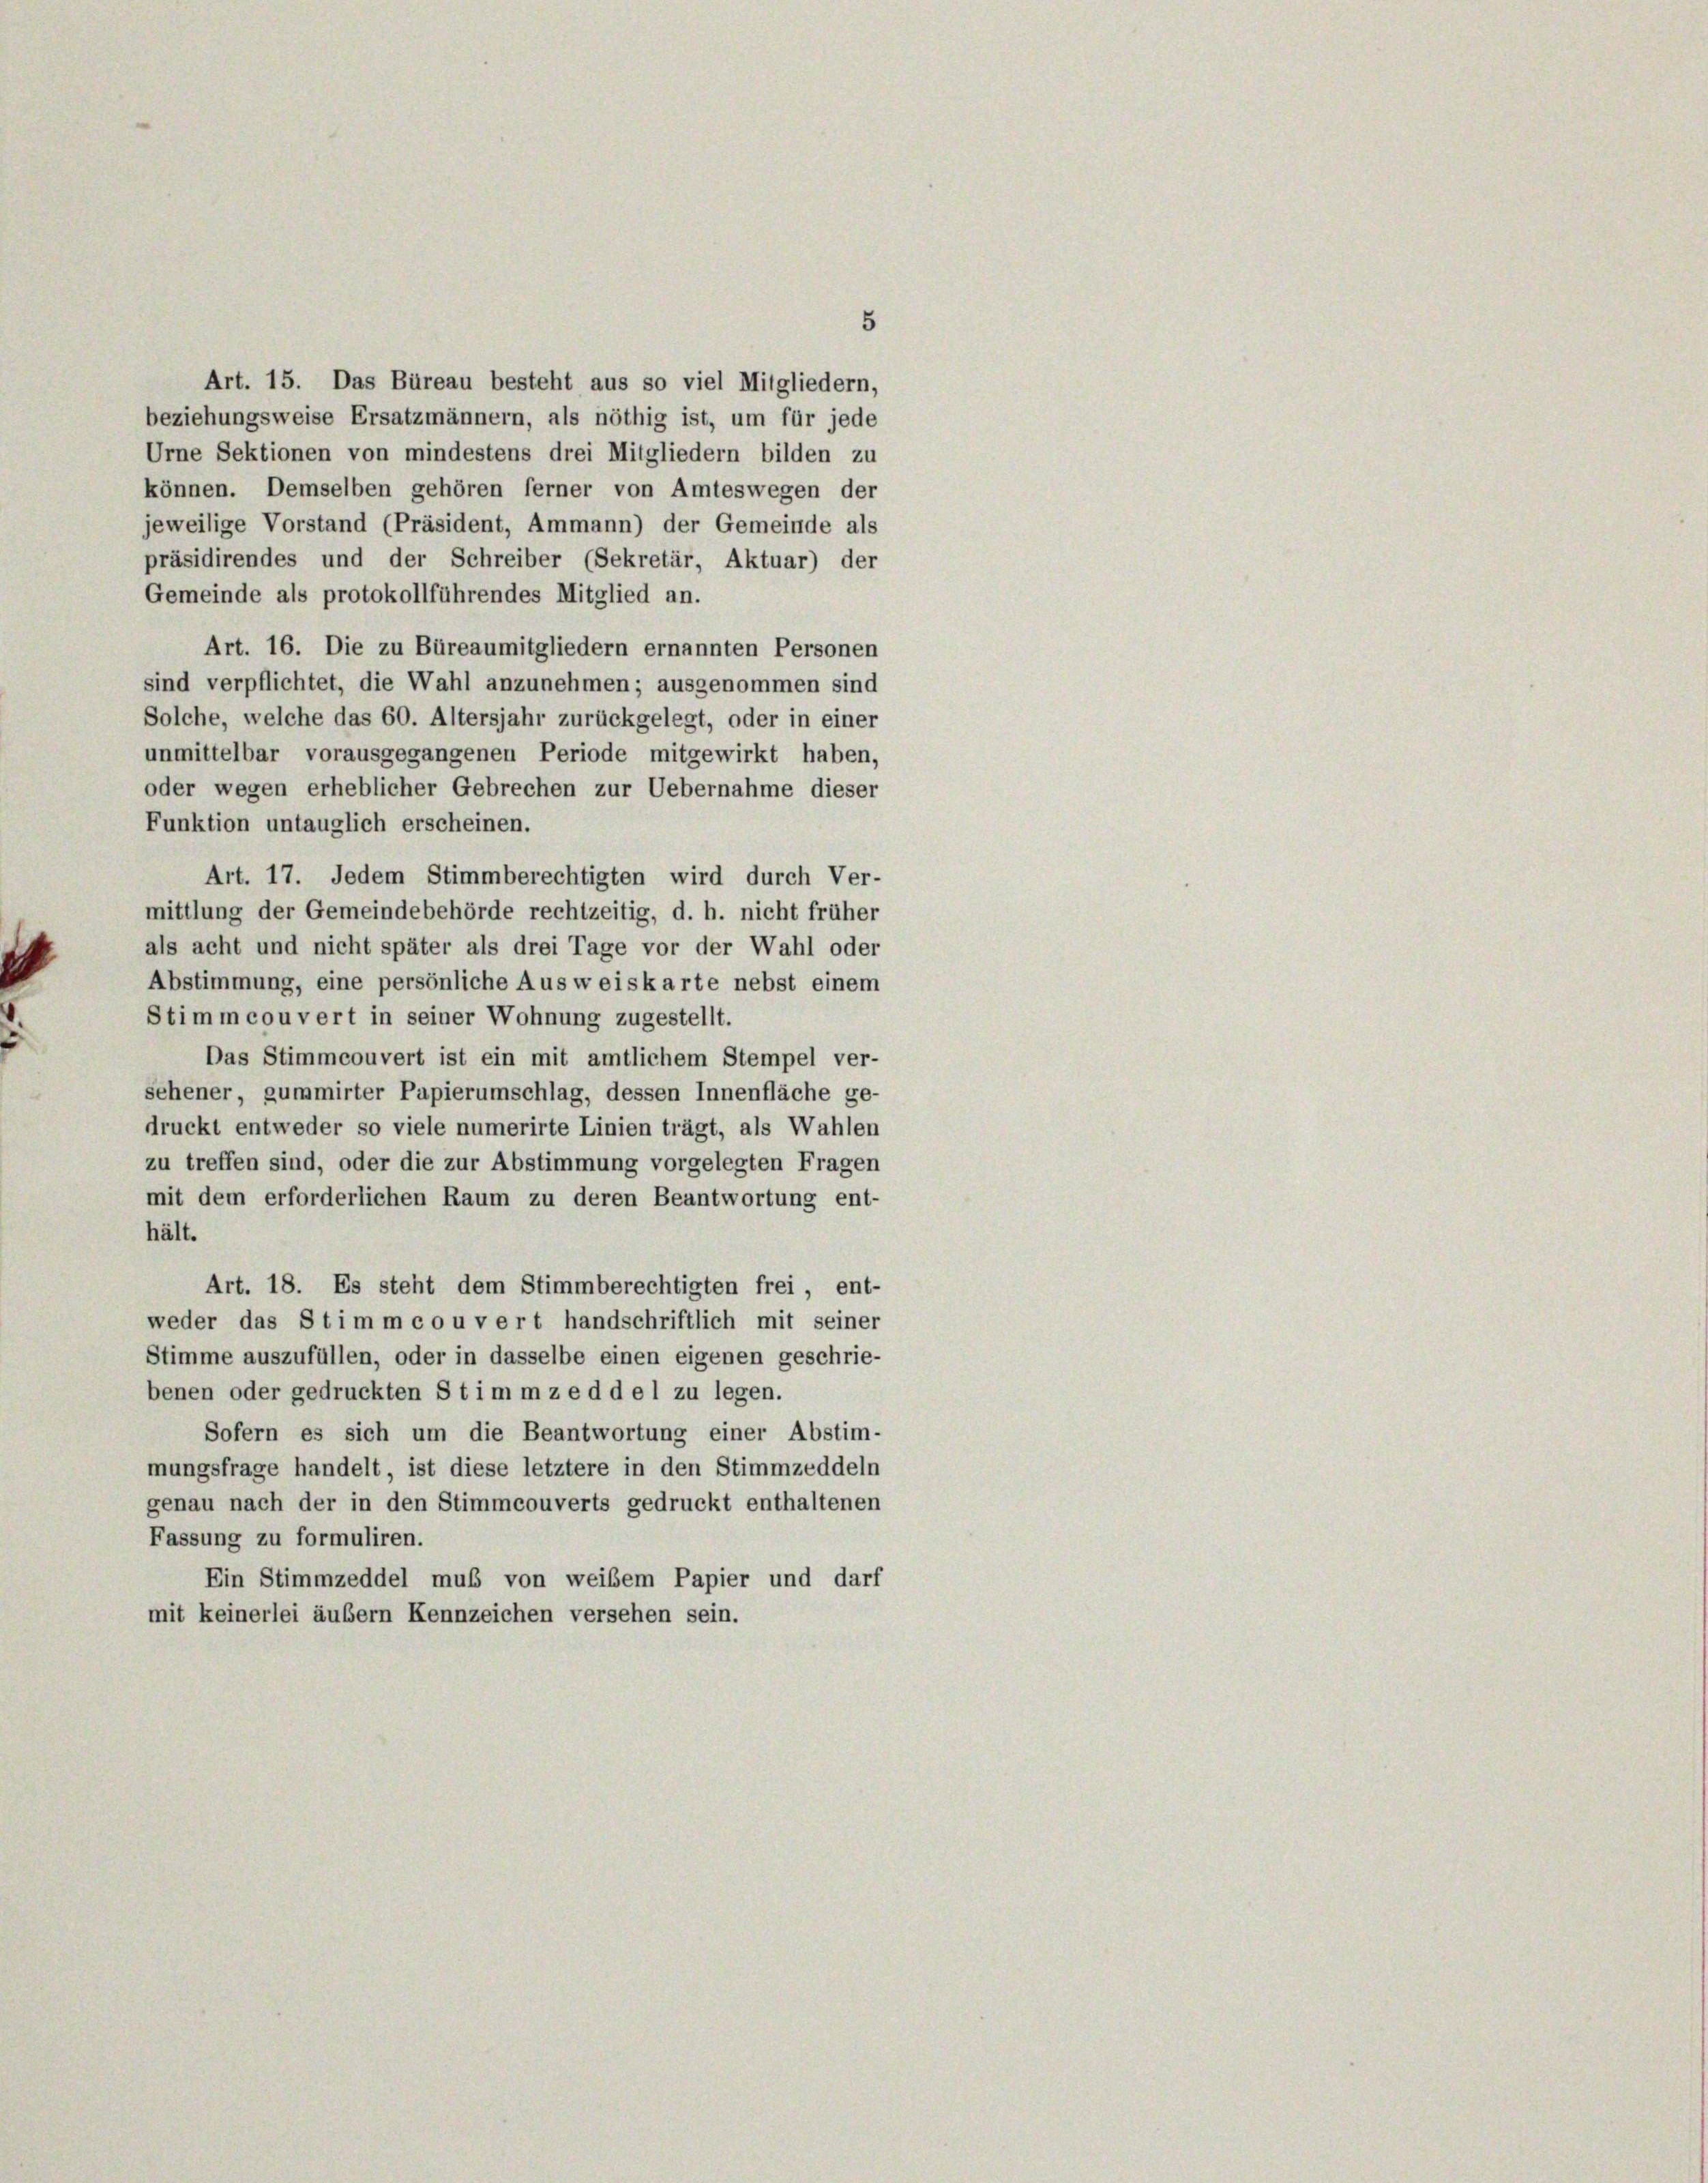
5
Art. 15. Das Büreau besteht aus so viel Mitgliedern,
beziehungsweise Ersatzmännern, als nöthig ist, um für jede
Urne Sektionen von mindestens drei Mitgliedern bilden zu
können. Demselben gehören ferner von Amteswegen der
jeweilige Vorstand (Präsident, Ammann) der Gemeinde als
präsidirendes und der Schreiber (Sekretär, Aktuar) der
Gemeinde als protokollführendes Mitglied an.
Art. 16. Die zu Büreaumitgliedern ernannten Personen
sind verpflichtet, die Wahl anzunehmen; ausgenommen sind
Solche, welche das 60. Altersjahr zurückgelegt, oder in einer
unmittelbar vorausgegangenen Periode mitgewirkt haben,
oder wegen erheblicher Gebrechen zur Uebernahme dieser
Funktion untauglich erscheinen.
Art. 17. Jedem Stimmberechtigten wird durch Ver-
mittlung der Gemeindebehörde rechtzeitig, d. h. nicht früher
als acht und nicht später als drei Tage vor der Wahl oder
Abstimmung, eine persönliche Aus weiskarte nebst einem
Stimmcouvert in seiner Wohnung zugestellt.
Das Stimmcouvert ist ein mit amtlichem Stempel ver-
sehener, gummirter Papierumschlag, dessen Innenfläche ge-
druckt entweder so viele numerirte Linien trägt, als Wahlen
zu treffen sind, oder die zur Abstimmung vorgelegten Fragen
mit dem erforderlichen Raum zu deren Beantwortung ent-
hält.
Art. 18. Es steht dem Stimmberechtigten frei, ent-
weder das Stimm couvert handschriftlich mit seiner
Stimme auszufüllen, oder in dasselbe einen eigenen geschrie-
benen oder gedruckten Stimmzeddel zu legen.
Sofern es sich um die Beantwortung einer Abstim-
mungsfrage handelt, ist diese letztere in den Stimmzeddeln
genau nach der in den Stimmcouverts gedruckt enthaltenen
Fassung zu formuliren.
Ein Stimmzeddel muß von weißem Papier und darf
mit keinerlei äußern Kennzeichen versehen sein.